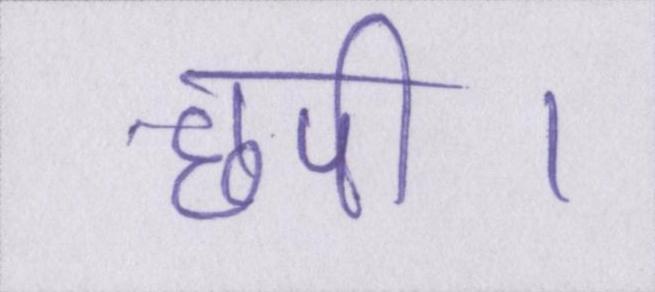
छपी।